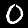
Digit: 0